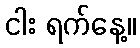
ငါး ရက်နေ့။